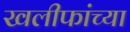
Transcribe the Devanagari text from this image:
खलीफांच्या